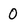
Character: 0